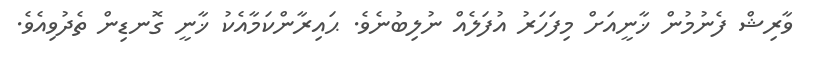
ވާރިޝް ފެނުމުން ޚާނީއަށް މިފަހަރު އުފަލެއް ނުލިބުނެވެ. ޙައިރާންކަމާއެކު ޚާނީ ގޮނޑިން ތެދުވިއެވެ.